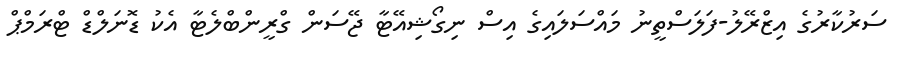
ސަރުކާރުގެ އިޒްރޭލު-ފަލަސްތީނު މައްސަލައިގެ އިސް ނިގޯޝިއޭޓާ ޖޭސަން ގްރީންބްލެޓާ އެކު ޑޮނަލްޑް ޓްރަމްޕް